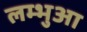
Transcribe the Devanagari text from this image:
लम्‍भुआ